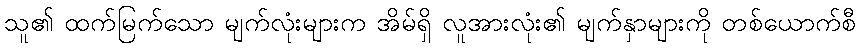
သူ၏ ထက်မြက်သော မျက်လုံးများက အိမ်ရှိ လူအားလုံး၏ မျက်နှာများကို တစ်ယောက်စီ